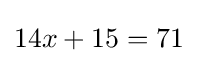
14x+15=71